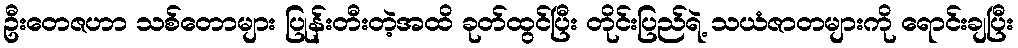
ဦးတေဇဟာ သစ်တောများ ပြုန်းတီးတဲ့အထိ ခုတ်ထွင်ပြီး တိုင်းပြည်ရဲ့ သယံဇာတများကို ရောင်းချပြီး